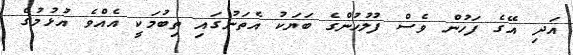
އަދި އޭގެ ފަހުން ވެސް ފުލުހުންގެ ބަޔަކު އެތަނުގައި ތިބުމަކީ އެއްވެ އުޅުމުގެ